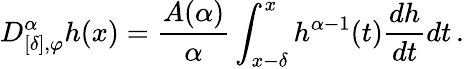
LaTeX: D_{[\delta],\varphi}^{\alpha}h(x)=\frac{A(\alpha)}{\alpha}\int_{x-\delta}^{x}h^{\alpha-1}(t)\frac{dh}{dt}dt\, .